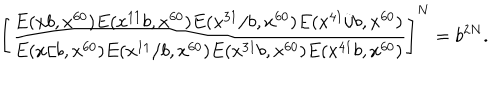
\left[ \frac { E ( x b , x ^ { 6 0 } ) E ( x ^ { 1 1 } b , x ^ { 6 0 } ) E ( x ^ { 3 1 } / b , x ^ { 6 0 } ) E ( x ^ { 4 1 } / b , x ^ { 6 0 } ) } { E ( x / b , x ^ { 6 0 } ) E ( x ^ { 1 1 } / b , x ^ { 6 0 } ) E ( x ^ { 3 1 } b , x ^ { 6 0 } ) E ( x ^ { 4 1 } b , x ^ { 6 0 } ) } \right] ^ { N } = b ^ { 2 N } .